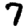
Digit: 7